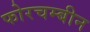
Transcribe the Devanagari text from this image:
फोरचम्बीन